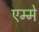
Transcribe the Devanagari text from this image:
एम्मे